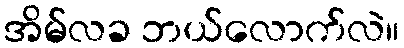
အိမ်လခ ဘယ်လောက်လဲ။